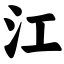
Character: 江